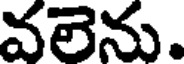
వలెను.